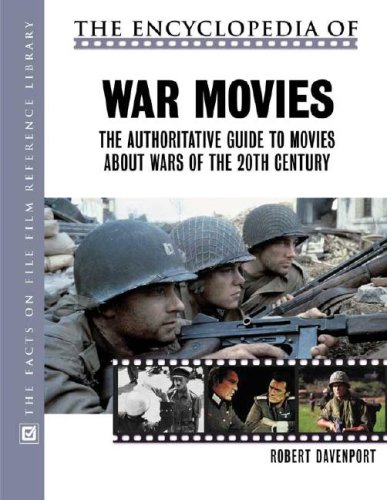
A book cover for The Encyclopedia of War Movies: The Authoritative Guide to Movies about Wars of the 20th-Century (The Facts on File Film Reference Library); Robert Ralsey Davenport; Humor & Entertainment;